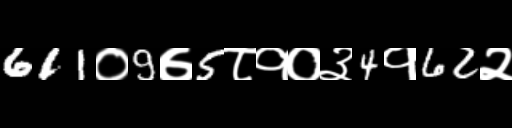
Text: 611०9७5८१०३4१62२